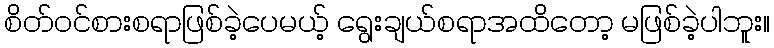
စိတ်ဝင်စားစရာဖြစ်ခဲ့ပေမယ့် ရွေးချယ်စရာအထိတော့ မဖြစ်ခဲ့ပါဘူး။